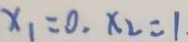
x _ { 1 } = 0 , x _ { 2 } = 1